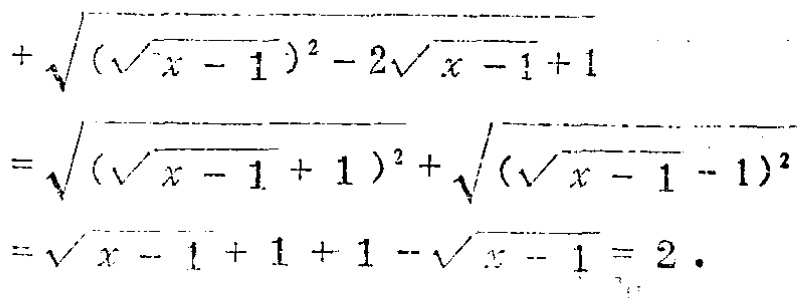
\[

\begin{align*}

&\sqrt{(\sqrt{x - 1})^2 - 2\sqrt{x - 1}+1}\\

=&\sqrt{(\sqrt{x - 1}+1)^2}+\sqrt{(\sqrt{x - 1}-1)^2}\\

=&\sqrt{x - 1}+1 + 1-\sqrt{x - 1}=2.

\end{align*}

\]